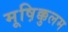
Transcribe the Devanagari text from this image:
मूष़िक्कुलम